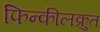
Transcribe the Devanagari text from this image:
फिन्कीलक्रुत